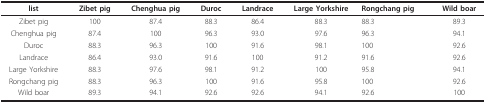
<table><thead><tr><td><b>list</b></td><td><b>Zibet pig</b></td><td><b>Chenghua pig</b></td><td><b>Duroc</b></td><td><b>Landrace</b></td><td><b>Large Yorkshire</b></td><td><b>Rongchang pig</b></td><td><b>Wild boar</b></td></tr></thead><tbody><tr><td>Zibet pig</td><td>100</td><td>87.4</td><td>88.3</td><td>86.4</td><td>88.3</td><td>88.3</td><td>89.3</td></tr><tr><td>Chenghua pig</td><td>87.4</td><td>100</td><td>96.3</td><td>93.0</td><td>97.6</td><td>96.3</td><td>94.1</td></tr><tr><td>Duroc</td><td>88.3</td><td>96.3</td><td>100</td><td>91.6</td><td>98.1</td><td>100</td><td>92.6</td></tr><tr><td>Landrace</td><td>86.4</td><td>93.0</td><td>91.6</td><td>100</td><td>91.2</td><td>91.6</td><td>92.6</td></tr><tr><td>Large Yorkshire</td><td>88.3</td><td>97.6</td><td>98.1</td><td>91.2</td><td>100</td><td>95.8</td><td>94.1</td></tr><tr><td>Rongchang pig</td><td>88.3</td><td>96.3</td><td>100</td><td>91.6</td><td>95.8</td><td>100</td><td>92.6</td></tr><tr><td>Wild boar</td><td>89.3</td><td>94.1</td><td>92.6</td><td>92.6</td><td>94.1</td><td>92.6</td><td>100</td></tr></tbody></table>